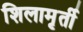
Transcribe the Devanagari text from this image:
शिलामृर्ती